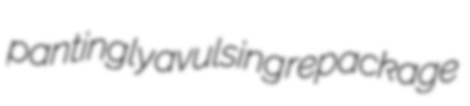
pantingly avulsing repackage